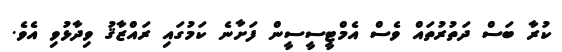
ކުރާ ބަސް ދަތުރުތައް ވެސް އެމްޓީސީސީން ފަށާނެ ކަމުގައި ރައްޒާޤު ވިދާޅުވި އެވެ.